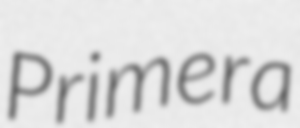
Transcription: Primera